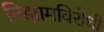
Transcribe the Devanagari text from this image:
निझामविरोधी